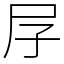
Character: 㞌